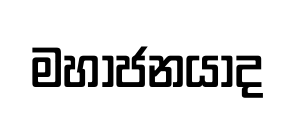
මහාජනයාද